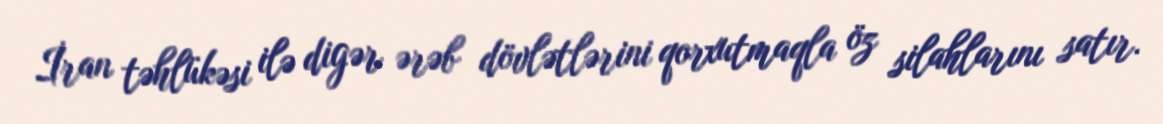
İran təhlükəsi ilə digər ərəb dövlətlərini qorxutmaqla öz silahlarını satır.